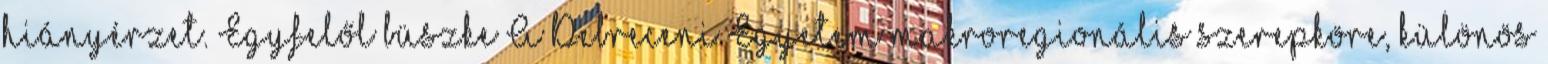
hiányérzet. Egyfelől büszke A Debreceni Egyetem makroregionális szerepköre, különös